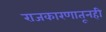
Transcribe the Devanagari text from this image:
राजकारणातूनही